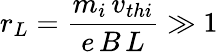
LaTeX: r_{L}=\frac{m_{i}\, v_{thi}}{e\, B\, L}\gg 1